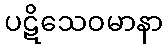
ပဋိသေဝမာနာ